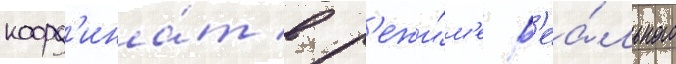
коорд'ина́т в р'ежи́м'е р'еа́льного